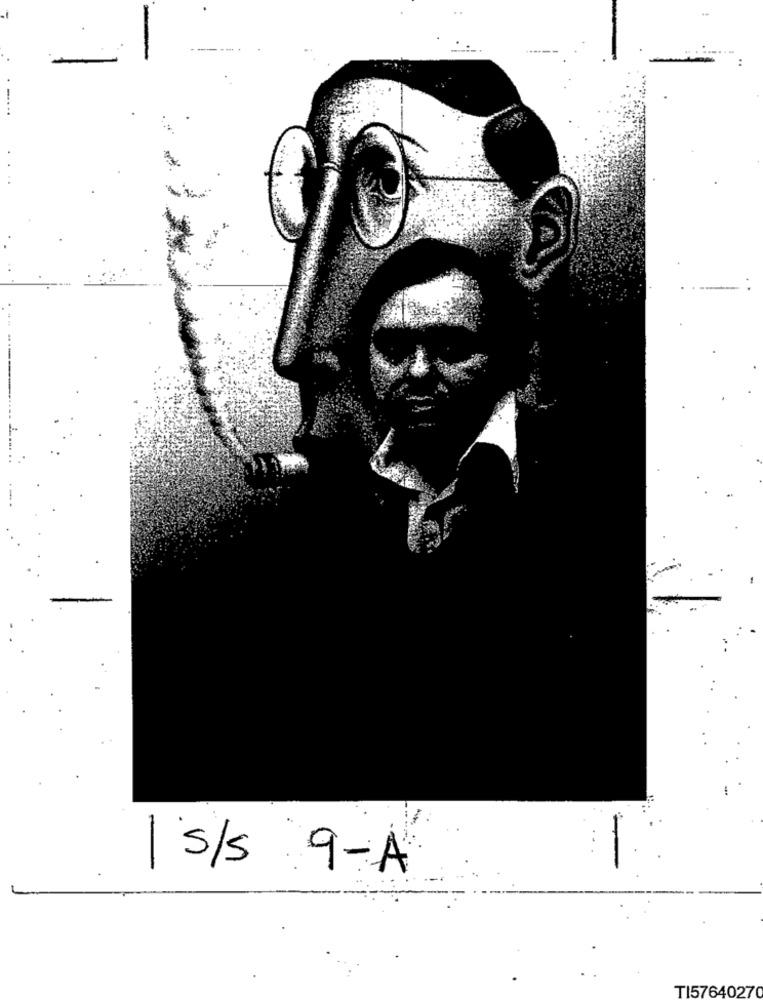
1 s/s 9-A
TI57640270